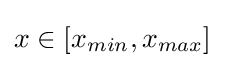
x\in [x_{min},x_{max}]